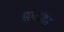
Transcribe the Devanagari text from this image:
सबाहा